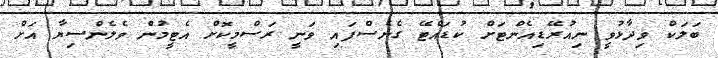
ބަލަކް ވިދާޅުވީ ނިއުރޭޑިއެންޓަށް ކުޑައްޓޭ ގެނެސްފައި ވަނީ ރަސްމީކޮށް އެޓީމުން ވެލެންސިޔާ އަށް